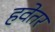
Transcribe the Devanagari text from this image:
हवेतर